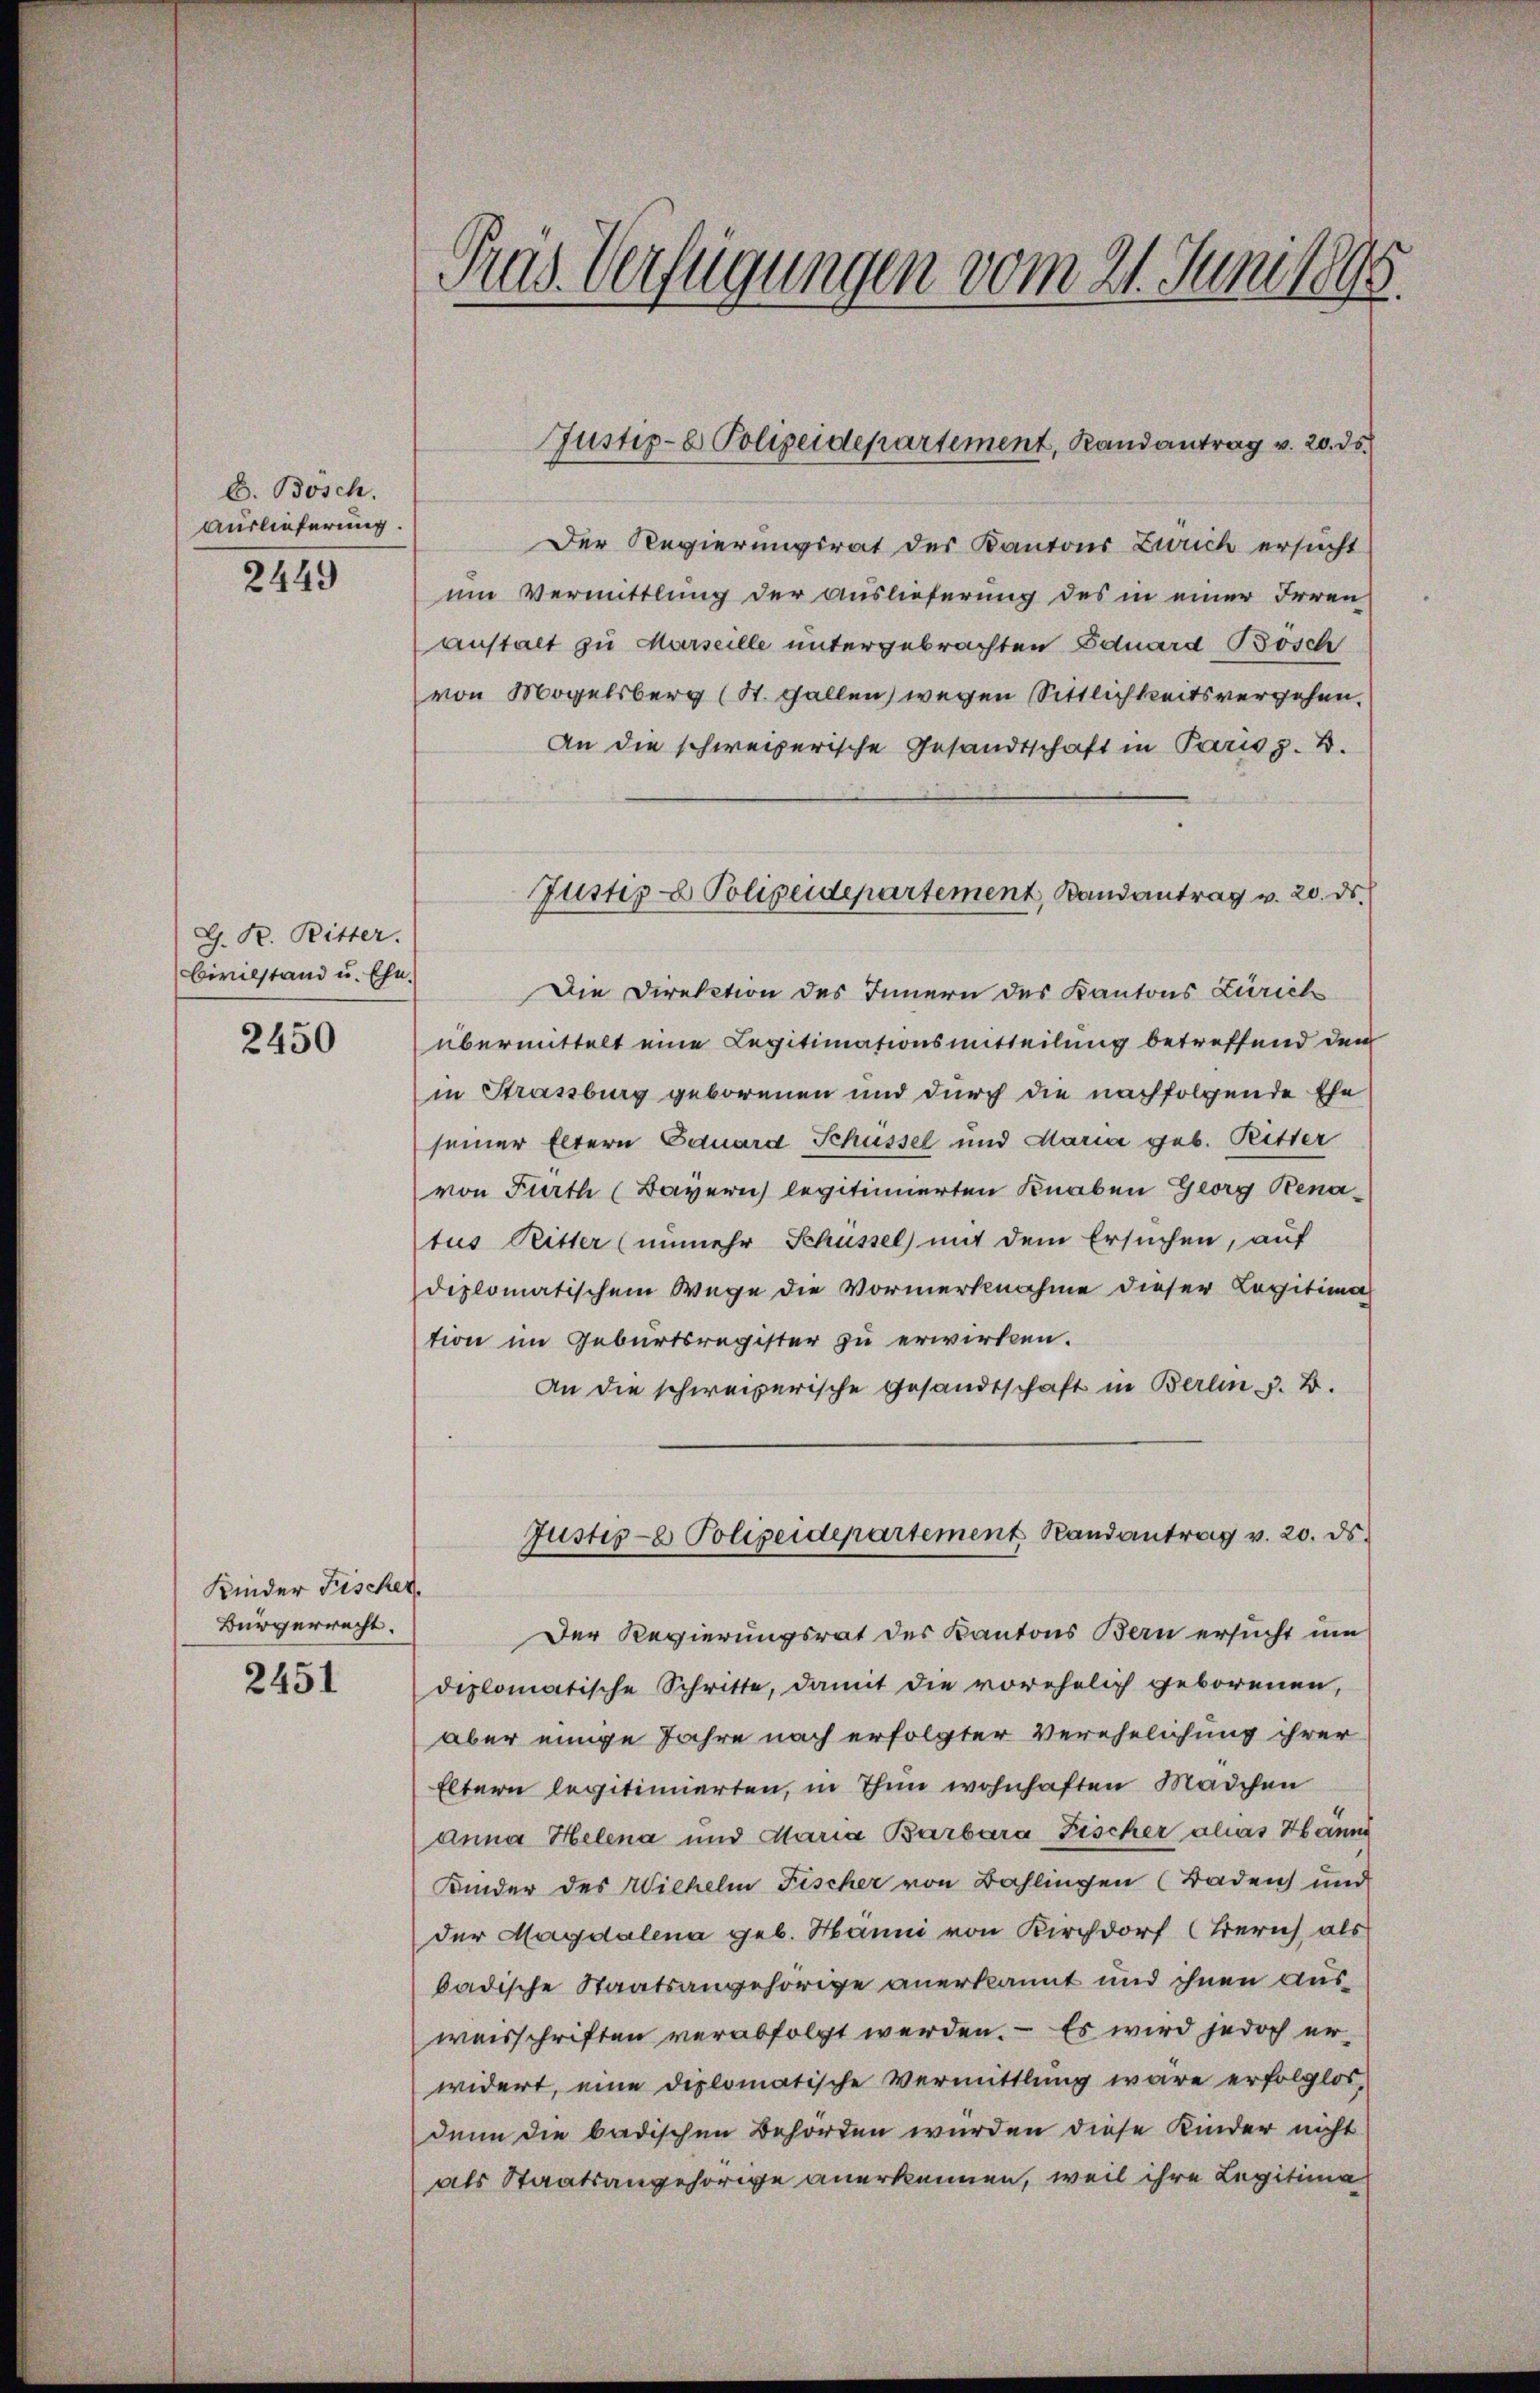
E. Bosch.
Auslieferung.

2449

G. P. Ritter.
Civilstand u. Ehe.

2450

Kinder Fischer.
Bürgerrecht.

2451

Tras. Verfügungen vom 21. Juni 1895.

Der Regierungsrat des Kantons Zürich ersucht
um Vermittlung der Auslieferung des in einer Irren
anstalt zu Marseille untergebrachten Eduard Bösch
von Mogelsberg (St. Gallen, wegen Sittlichkeitsvergehen.
An die schweizerische Gesandtschaft in Pariss. B.
Die Direktion des Innern des Kantons Zürich
übermittelt eine Legitimationsmitteilung betreffend dem
in Strassburg geborenen und durch die nachfolgende Ehe
seiner Eltern Eduard Schüssel und Maria geb. Ritter
von Fürth (Bayern legitimierten Knaben Georg Renatus Ritter (unmehr Schüssel mit dem Ersuchen, auf
diplomatischem Wege die Vormerknahme dieser Logitima
tion im Geburtsregister zu erwirken.
An die schweizerische Gesandtschaft in Berlin z. B.
Justis- Polizeidepartement Randantrag v. 20. ds.
Der Regierungsrat des Kantons Bern ersucht um
diplomatische Schritte, damit die vorehelich geborenen,
aber einige Jahre noch erfolgter Verehelichung ihrer
Eltern legitimierten, in Thun wohnhaften Mädchen
anna Helena und Maria Barbara Fischer alias Hann
Kinder des Wilhelm Fischer von Bahlingen (Baden und
der Magdalena geb. Hanni von Kirchdorf (Zürich, als
badische Staatsangehörige anerkannt und ihnen ausweisschriften verabfolgt werden. – Es wird jedoch erwidert, eine diplomatische Vermittlung wäre erfolglos
denn die badischen Behörden wurden diese Kinder nicht
als Staatsangehörige anerkennen, weil ihre Legitima

Justiz- & Polizeidepartement, Randantrag v. 20. ds.

Justiz- & Polizeidepartement, Bandantrag v. 20. ds.